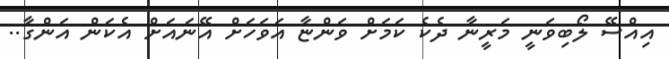
އިއްސޭ ލޯބިވަނީ މަރީނާ ދެކެ ކަމަށް ވަންޏާ އަވަހަށް އޭނައަށް އެކަން އަންގާ..